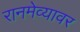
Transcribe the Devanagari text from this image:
रानमेव्यावर